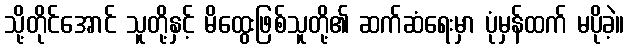
သို့တိုင်အောင် သူတို့နှင့် မိထွေးဖြစ်သူတို့၏ ဆက်ဆံရေးမှာ ပုံမှန်ထက် မပိုခဲ့။